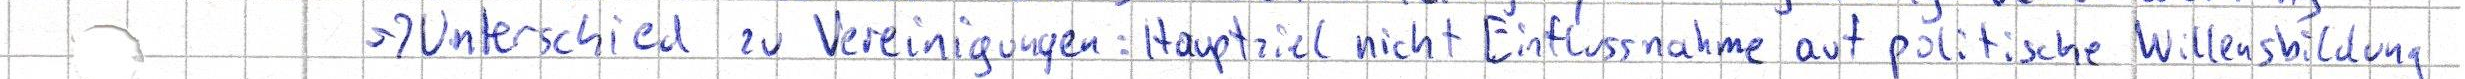
-> Unterschied zur Vereinigungen: Hauptziel nicht Einflussnahme auf politische Willensbildung